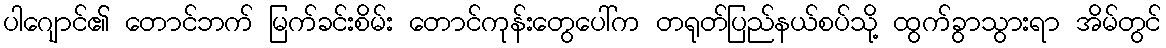
ပါဂျောင်၏ တောင်ဘက် မြက်ခင်းစိမ်း တောင်ကုန်းတွေပေါ်က တရုတ်ပြည်နယ်စပ်သို့ ထွက်ခွာသွားရာ အိမ်တွင်